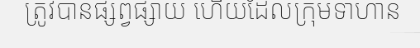
ត្រូវបានផ្សព្វផ្សាយ ហើយដែលក្រុមទាហាន